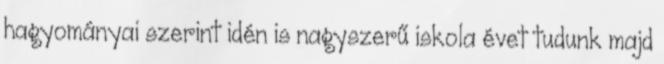
hagyományai szerint idén is nagyszerű iskola évet tudunk majd